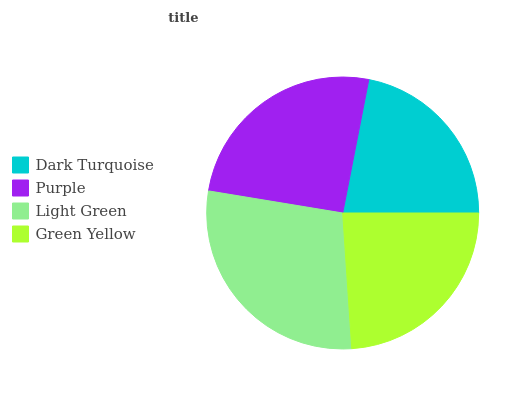
| Dark Turquoise | Purple | Light Green | Green Yellow |
 | --- | --- | --- | --- |
 | 22% | 25.5% | 28.7% | 23.9% |